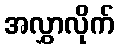
အလွှာလိုက်